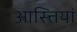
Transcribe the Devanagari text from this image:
आस्त्तियां